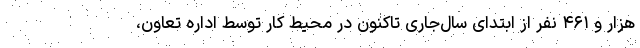
هزار و ۴۶۱ نفر از ابتدای سال‌جاری تاکنون در محیط کار توسط اداره تعاون،